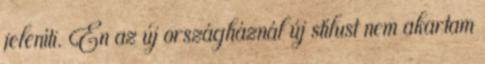
jeleníti. Én az új országháznál új stílust nem akartam